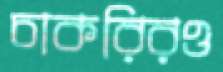
চাকরিরও